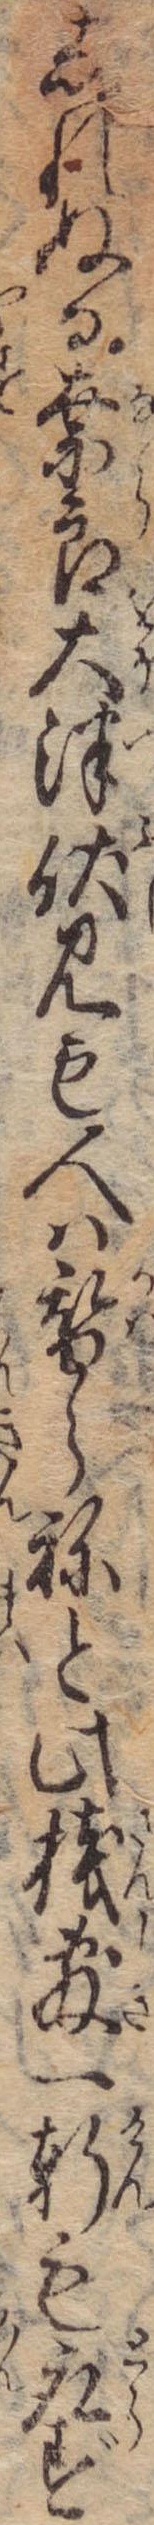
しれぬる奈良大津伏見も人は替らねと此桟敷一軒も取ず